Vaccination report Assam 1896-1927 - 1896-1927
Year: 1896
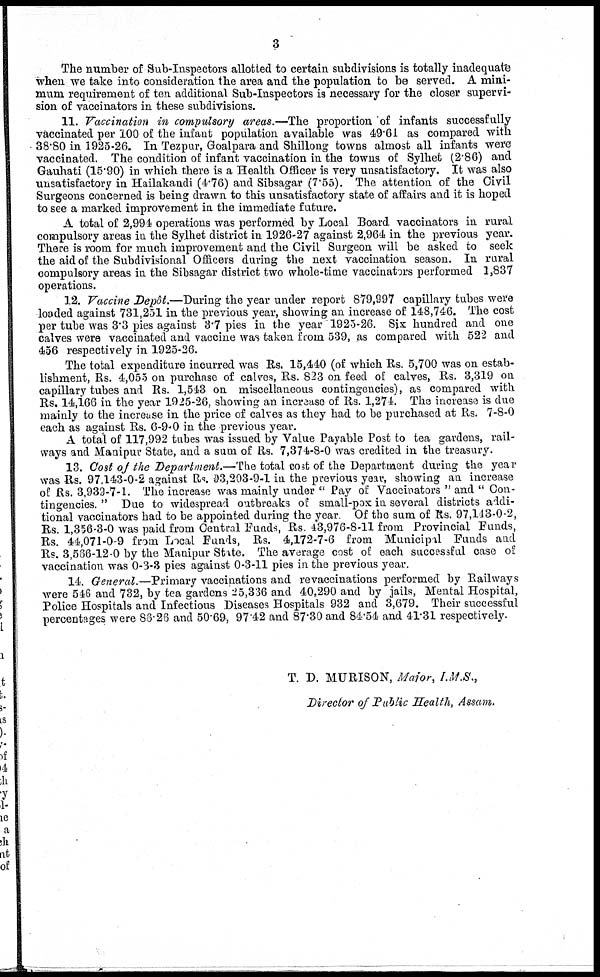
3
The number of Sub-Inspectors allotted to certain subdivisions is totally inadequate
when we take into consideration the area and the population to be served. A mini-
mum requirement of ten additional Sub-Inspectors is necessary for the closer supervi-
sion of vaccinators in these subdivisions.
11. Vaccination in compulsory areas.—The proportion of infants successfully
vaccinated per 100 of the infant population available was 49.61 as compared with
38.80 in 1925-26. In Tezpur, Goalpara and Shillong towns almost all infants were
vaccinated. The condition of infant vaccination in the towns of Sylhet (2.86) and
Gauhati (15.90) in which there is a Health Officer is very unsatisfactory. It was also
unsatisfactory in Hailakandi (4.76) and Sibsagar (7.55). The attention of the Civil
Surgeons concerned is being drawn to this unsatisfactory state of affairs and it is hoped
to see a marked improvement in the immediate future.
A total of 2,994 operations was performed by Local Board vaccinators in rural
compulsory areas in the Sylhet district in 1926-27 against 2,964 in the previous year.
There is room for much improvement and the Civil Surgeon will be asked to seek
the aid of the Subdivisional Officers during the next vaccination season. In rural
compulsory areas in the Sibsagar district two whole-time vaccinators performed 1,837
operations.
12. Vaccine Depôt,—During the year under report 879,997 capillary tubes were
loaded against 731,251 in the previous year, showing an increase of 148,746. The cost
per tube was 3.3 pies against 3.7 pies in the year 1925-26. Six hundred and one
calves were vaccinated and vaccine was taken from 539, as compared with 522 and
456 respectively in 1925-26.
The total expenditure incurred was Rs. 15,440 (of which Rs. 5,700 was on estab-
lishment, Rs. 4,055 on purchase of calves, Rs. 823 on feed of calves, Rs. 3,319 on
capillary tubes and Rs. 1,543 on miscellaneous contingencies), as compared with
Rs. 14,166 in the year 1925-26, showing an increase of Rs. 1,274. The increase is due
mainly to the increase in the price of calves as they had to be purchased at Rs. 7-8-0
each as against Rs. 6-9-0 in the previous year.
A total of 117,992 tubes was issued by Value Payable Post to tea gardens, rail-
ways and Manipur State, and a sum of Rs. 7,374-8-0 was credited in the treasury.
13. Cost of the Department.—The total cost of the Department during the year
was Rs. 97.143-0-2 against Rs. 93,203-9-1 in the previous year, showing an increase
of Rs. 3,939-7-1. The increase was mainly under " Pay of Vaccinators " and " Con-
tingencies. " Due to widespread outbreaks of small-pox in several districts addi-
tional vaccinators had to be appointed during the year Of the sum of Rs. 97,143-0-2,
Rs. 1,356-3-0 was paid from Central Funds, Rs. 43,976-8-11 from Provincial Funds,
Rs. 44,071-0-9 from Local Funds, Rs. 4,172-7-6 from Municipal Funds and
Rs. 3,566-12-0 by the Manipur State. The average cost of each successful case of
vaccination was 0-3-3 pies against 0-3-11 pies in the previous year.
14. General.—Primary vaccinations and re vaccinations performed by Railways
were 546 and 732, by tea gardens 25,336 and 40,290 and by jails, Mental Hospital,
Police Hospitals and Infectious Diseases Hospitals 932 and 3,679. Their successful
percentages were 88.26 and 50.69, 97.42 and 87.30 and 84.54 and 41.31 respectively.
T. D. MURISON, Mojor, I.M.S.,
Director of Public Health, Assam.